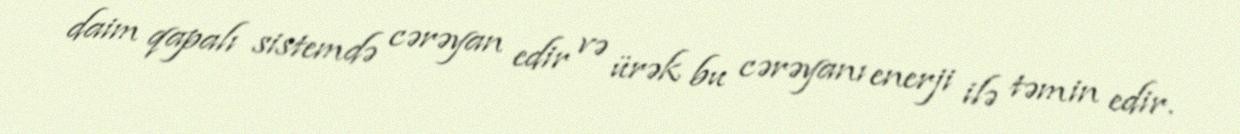
daim qapalı sistemdə cərəyan edir və ürək bu cərəyanı enerji ilə təmin edir.